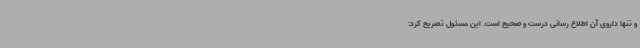
و تنها داروی آن اطلاع رسانی درست و صحیح است. این مسئول تصریح کرد: